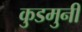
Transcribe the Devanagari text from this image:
कुडमुनी